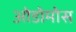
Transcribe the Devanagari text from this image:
ओडोमोस